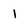
Character: 1